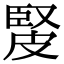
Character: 𤿳